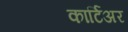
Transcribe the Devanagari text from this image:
कार्टिअर